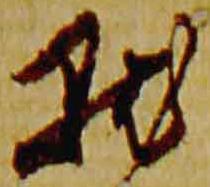
点